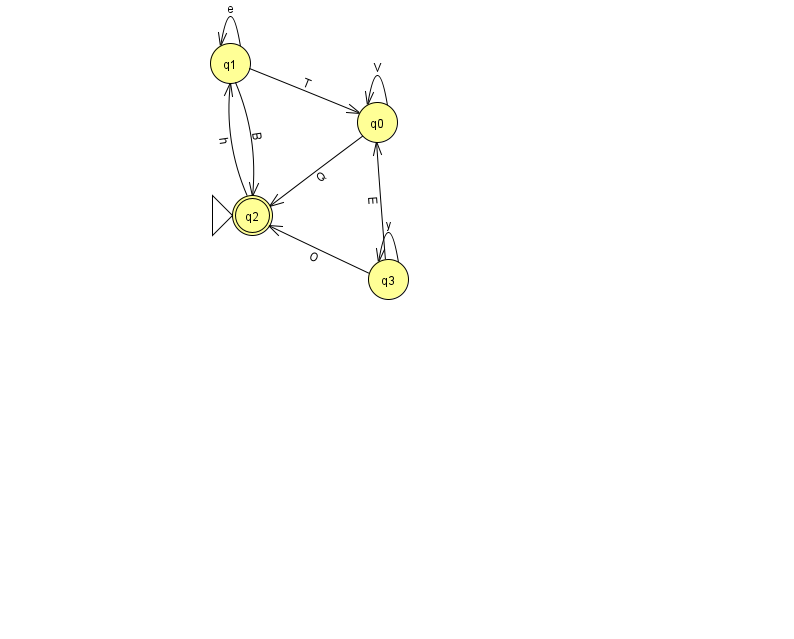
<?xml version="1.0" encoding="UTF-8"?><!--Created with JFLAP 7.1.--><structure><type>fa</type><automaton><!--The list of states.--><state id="0" name="q0"><x>377.0</x><y>109.0</y></state><state id="1" name="q1"><x>230.0</x><y>50.0</y></state><state id="2" name="q2"><x>252.0</x><y>202.0</y><initial/><final/></state><state id="3" name="q3"><x>388.0</x><y>266.0</y></state><!--The list of transitions.--><transition><from>2</from><to>1</to><read>h</read></transition><transition><from>1</from><to>1</to><read>e</read></transition><transition><from>3</from><to>0</to><read>E</read></transition><transition><from>0</from><to>0</to><read>V</read></transition><transition><from>1</from><to>0</to><read>T</read></transition><transition><from>3</from><to>2</to><read>O</read></transition><transition><from>0</from><to>2</to><read>Q</read></transition><transition><from>1</from><to>2</to><read>B</read></transition><transition><from>3</from><to>3</to><read>y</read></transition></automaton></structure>